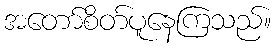
အတော်စိတ်ပူနေကြသည်။